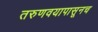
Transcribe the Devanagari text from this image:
तरुणवयापासूनच